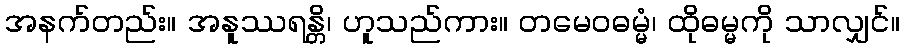
အနက်တည်း။ အနူဿရန္တိ၊ ဟူသည်ကား။ တမေဝဓမ္မံ၊ ထိုဓမ္မကို သာလျှင်။